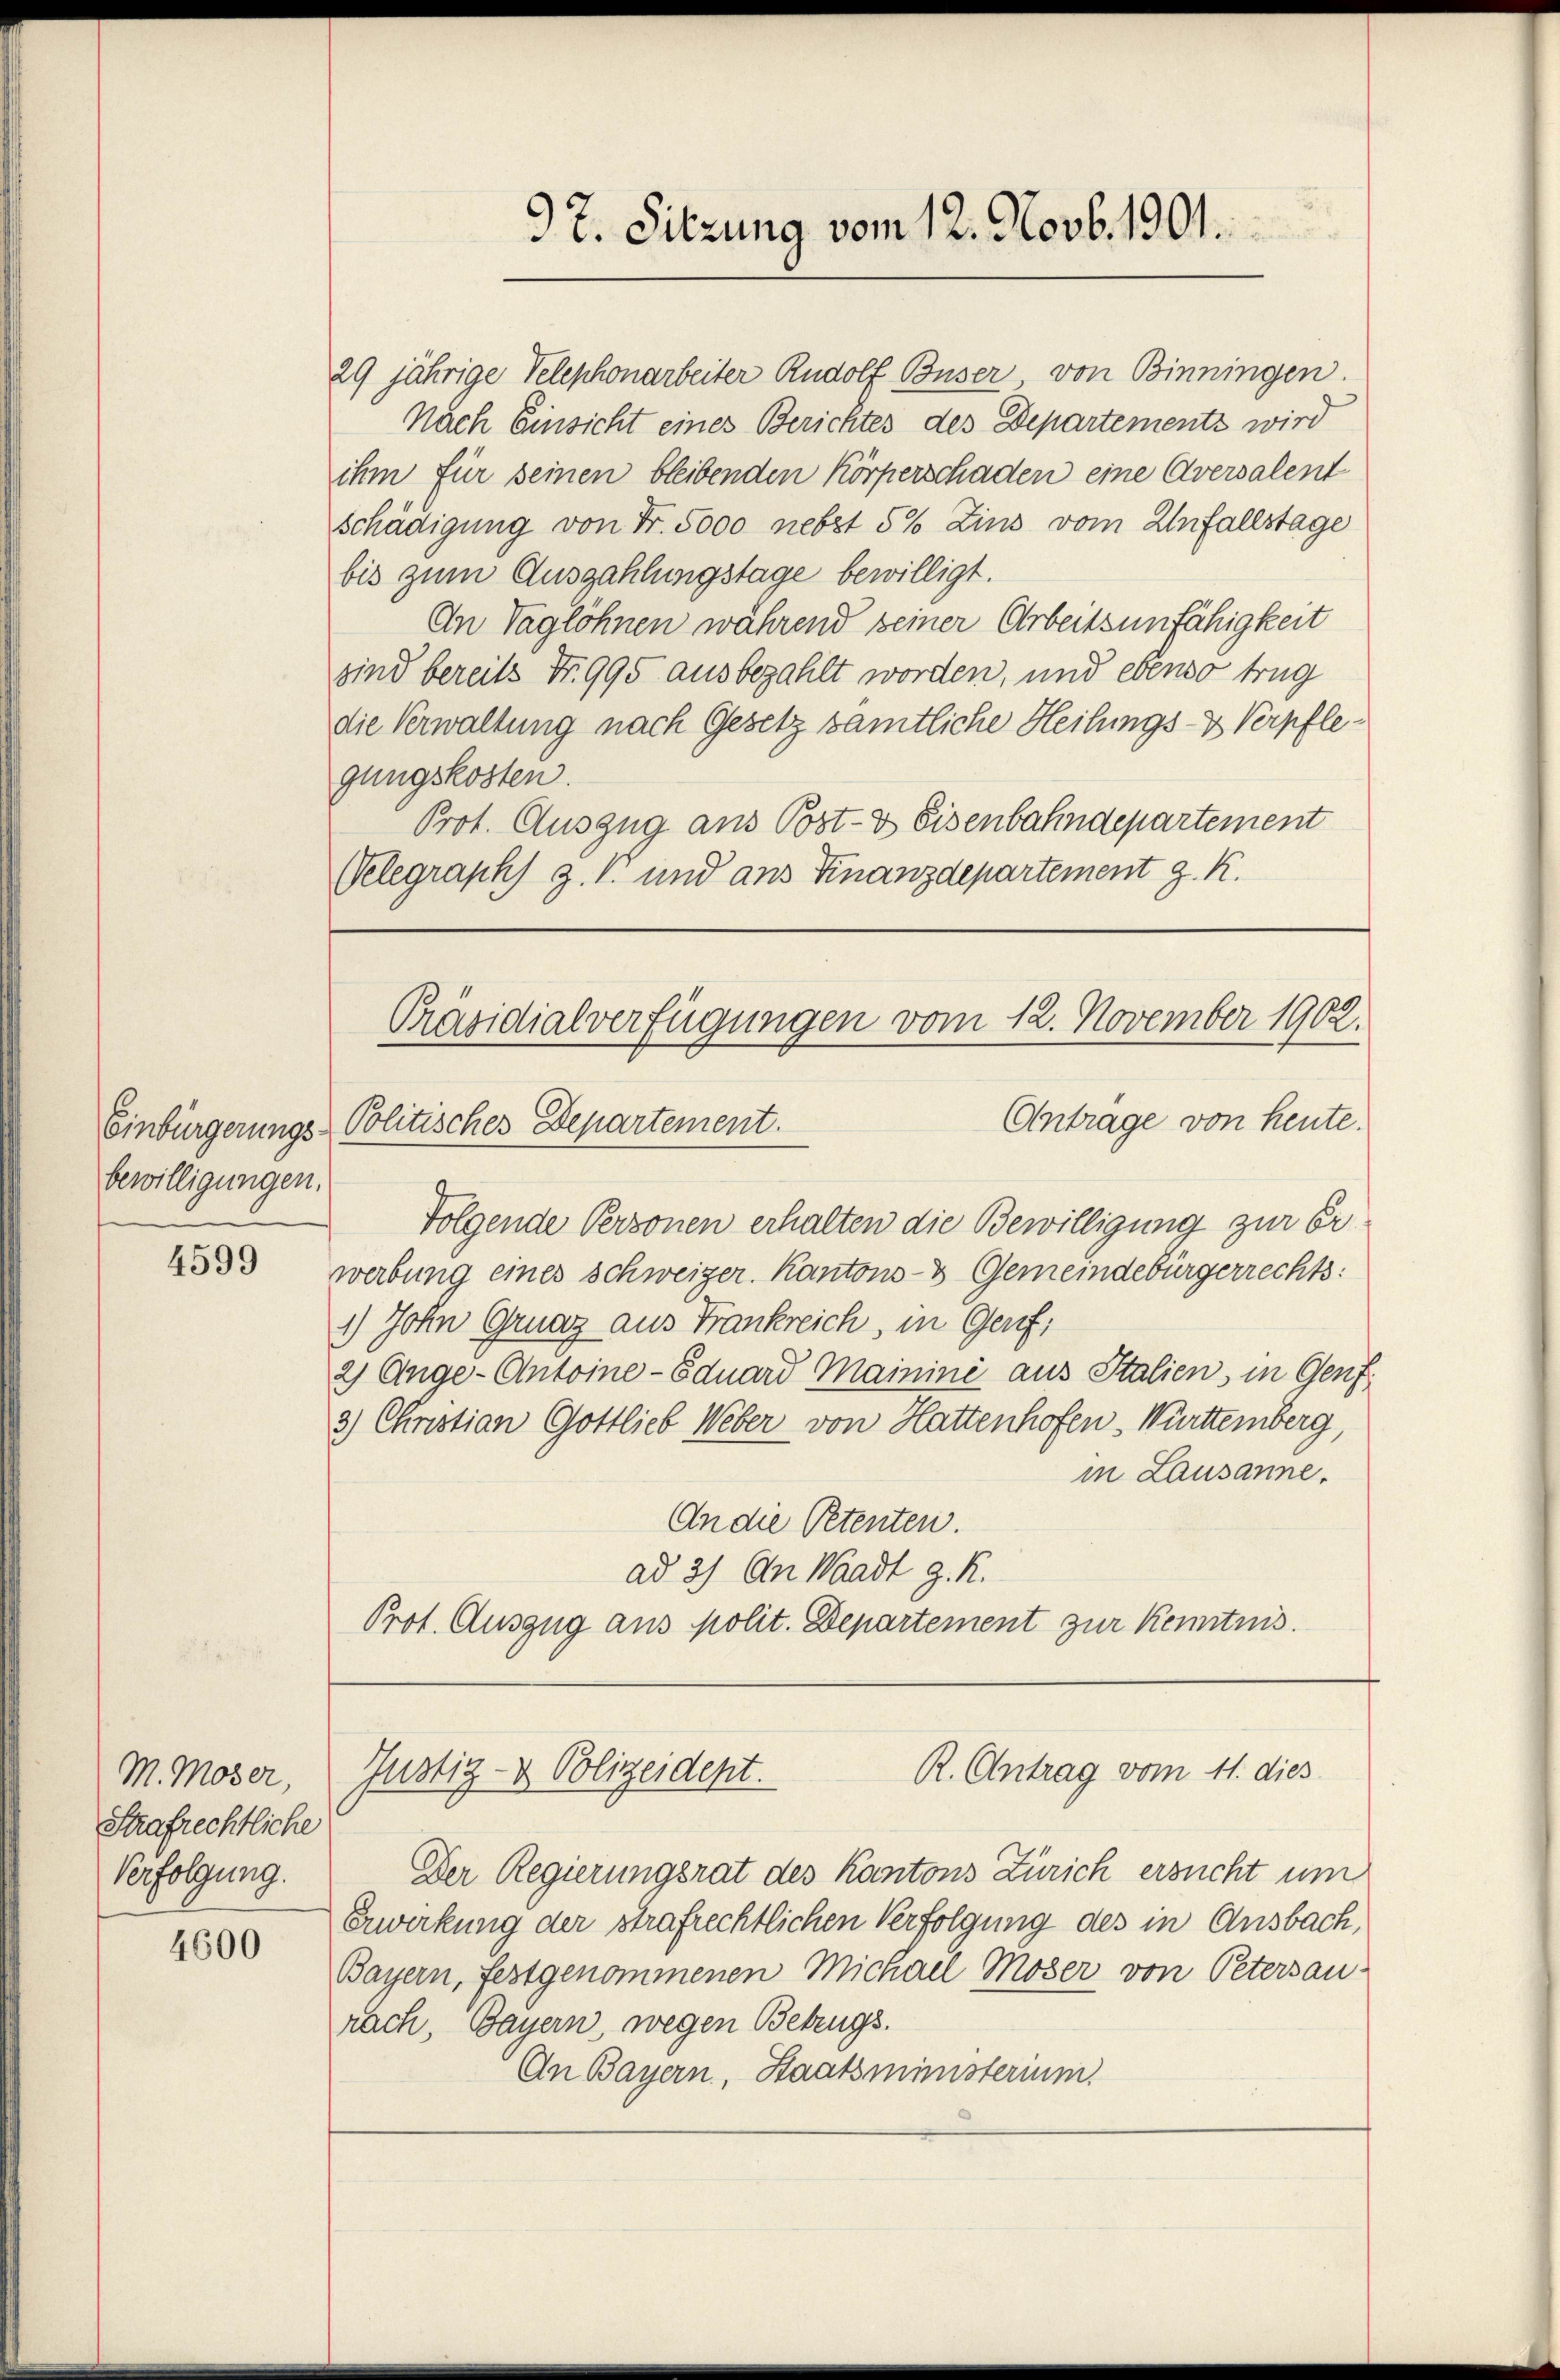
bewilligungen.

4599

M. Moser,
Strafrechtliche
Verfolgung.

4600

29 jährige Telephonarbeiter Rudolf Buser, von Binningen.
Nach Einsicht eines Berichtes des Departements wird
ihm für seinen bleibenden Körperschaden eine Aversalent
schädigung von Fr. 5000 nebst 5% Zins vom Unfallstage
bis zum Auszahlungstage bewilligt.
An Taglöhnen während seiner Arbeitsunfähigkeit
sind bereits Nr. 995 ausbezahlt worden, und ebenso trug
die Verwaltung nach Gesetz sämtliche Heilungs- & Verpflegungskosten.
Prot. Auszug aus Post- & Eisenbahndepartement
Velegraph) z. B. und ans Finanzdepartement g. K.

Antrage von heute.
Einbürgerungs-Politisches Departement.
Folgende Personen erhalten die Bewilligung zur Erwerbung eines Schweizer. Kantons- & Gemeindebürgerrechts:
1.) John Gruaz aus Frankreich, in Genf;
2) Ange-Antoine-Eduard Mainini aus Italien, in Genf
3.) Christian Gottlieb Weber von Hattenhofen-Württemberg,
in Lausanne.
An die Petenten.
ad 3) An Waadt z. R.
Prot. Auszug aus polit. Departement zur Kenntnis.
R. Antrag vom 11. dies
Justiz- & Polizeident.
Der Regierungsrat des Kantons Zürich ersucht um
Erwerkung der strafrechtlichen Verfolgung des in Ansbach,
Bayern, festgenommenen Michael Moser von Petersau-
rach, Bayern, wegen Betrugs
An Bayern, Staatsministerium.

Präsidialverfügungen vom 12. November 1902.

97. Sitzung vom 12. Novb. 1901.